Annual administration report of the Civil Veterinary Department of India - 1894-1895
Year: 1894
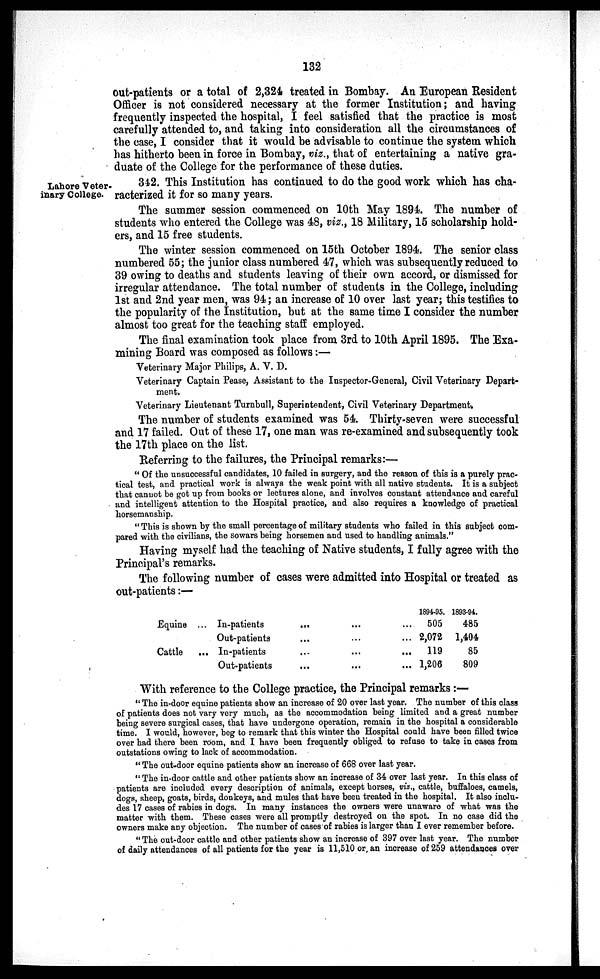
132
out-patients or a total of 2,324 treated in Bombay. An European Resident
Officer is not considered necessary at the former Institution; and having
frequently inspected the hospital, I feel satisfied that the practice is most
carefully attended to, and taking into consideration all the circumstances of
the case, I consider that it would be advisable to continue the system which
has hitherto been in force in Bombay, viz., that of entertaining a native gra-
duate of the College for the performance of these duties.
Lahore Veter-
inary College.
342. This Institution has continued to do the good work which has cha-
racterized it for so many years.
The summer session commenced on 10th May 1894. The number of
students who entered the College was 48, viz., 18 Military, 15 scholarship hold-
ers, and 15 free students.
The winter session commenced on 15th October 1894. The senior class
numbered 55; the junior class numbered 47, which was subsequently reduced to
39 owing to deaths and students leaving of their own accord, or dismissed for
irregular attendance. The total number of students in the College, including
1st and 2nd year men, was 94; an increase of 10 over last year; this testifies to
the popularity of the Institution, but at the same time I consider the number
almost too great for the teaching staff employed.
The final examination took place from 3rd to 10th April 1895. The Exa-
mining Board was composed as follows:—
Veterinary Major Philips, A. V. D.
Veterinary Captain Pease, Assistant to the Inspector-General, Civil Veterinary Depart-
ment.
Veterinary Lieutenant Turnbull, Superintendent, Civil Veterinary Department.
The number of students examined was 54. Thirty-seven were successful
and 17 failed. Out of these 17, one man was re-examined and subsequently took
the 17th place on the list.
Referring to the failures, the Principal remarks:—
" Of the unsuccessful candidates, 10 failed in surgery, and the reason of this is a purely prac-
tical test, and practical work is always the weak point with all native students. It is a subject
that cannot be got up from books or lectures alone, and involves constant attendance and careful
and intelligent attention to the Hospital practice, and also requires a knowledge of practical
horsemanship.
" This is shown by the small percentage of military students who failed in this subject com-
pared with the civilians, the sowars being horsemen and used to handling animals."
Having myself had the teaching of Native students, I fully agree with the
Principal's remarks.
The following number of cases were admitted into Hospital or treated as
out-patients:—
Equine
Cattle
...
...
In-patients
Out-patients
In-patients
Out-patients
...
...
...
...
...
...
...
...
...
...
...
...
1894-95.
505
2,072
119
1,206
1893-94.
485
1,404
85
809
With reference to the College practice, the Principal remarks :—
" The in-door equine patients show an increase of 20 over last year. The number of this class
of patients does not vary very much, as the accommodation being limited and a great number
being severe surgical cases, that have undergone operation, remain in the hospital a considerable
time. I would, however, beg to remark that this winter the Hospital could have been filled twice
over had there been room, and I have been frequently obliged to refuse to take in cases from
outstations owing to lack of accommodation.
" The out-door equine patients show an increase of 668 over last year.
" The in-door cattle and other patients show an increase of 34 over last year. In this class of
patients are included every description of animals, except horses, viz., cattle, buffaloes, camels,
dogs, sheep, goats, birds, donkeys, and mules that have been treated in the hospital. It also inclu-
des 17 cases of rabies in dogs. In many instances the owners were unaware of what was the
matter with them. These cases were all promptly destroyed on the spot. In no case did the
owners make any objection. The number of cases of rabies is larger than I ever remember before.
" The out-door cattle and other patients show an increase of 397 over last year. The number
of daily attendances of all patients for the year is 11,510 or an increase of 259 attendances over